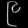
Digit: ၉